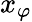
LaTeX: x_{\varphi}